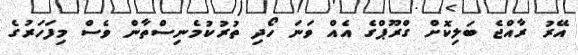
އޭރު ރާއްޖެ ބަލިކޮށް ގްރޫޕްގެ އެއް ވަނަ ހޯދި ތުރުކުމެނިސްތާން ވެސް މިފަހަރުގެ